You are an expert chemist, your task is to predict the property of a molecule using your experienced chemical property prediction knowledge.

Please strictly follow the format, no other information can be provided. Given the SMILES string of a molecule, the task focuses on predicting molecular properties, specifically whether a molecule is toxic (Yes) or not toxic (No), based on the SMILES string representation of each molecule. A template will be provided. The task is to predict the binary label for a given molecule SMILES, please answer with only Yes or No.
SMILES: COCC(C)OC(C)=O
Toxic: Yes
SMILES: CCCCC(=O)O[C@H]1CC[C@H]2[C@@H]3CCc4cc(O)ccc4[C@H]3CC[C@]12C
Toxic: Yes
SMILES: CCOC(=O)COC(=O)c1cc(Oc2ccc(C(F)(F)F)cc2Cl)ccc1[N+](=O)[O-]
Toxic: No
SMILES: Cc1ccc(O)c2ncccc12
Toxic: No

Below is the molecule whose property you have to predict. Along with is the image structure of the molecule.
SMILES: Nc1nc(Cl)cc(Cl)n1
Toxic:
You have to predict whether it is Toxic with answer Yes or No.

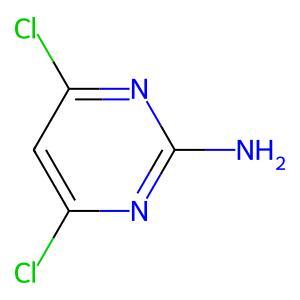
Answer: No